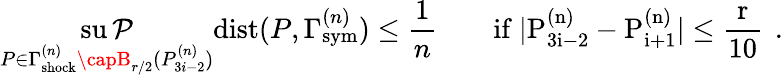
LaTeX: \operatorname*{su\mathcal{P}}_{P\in\Gamma_{\mathrm{{{shock}}}}^{(n)}\capB_{r/2}(P_{3i-2}^{(n)})}{\mathrm{{dist}}}(P,\Gamma_{\mathrm{{{sym}}}}^{(n)})\leq\frac{{1}}{{n}}\qquad\mathrm{{if~|P^{(n)}_{3i-2}-P^{(n)}_{i+1}|\leq\frac{{r}}{{10}}~}}\, .